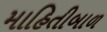
માહિતીબાળ